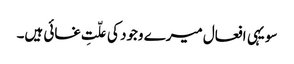
سو یہی افعال میرے وجود کی علّتِ غائی ہیں۔